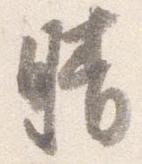
晴